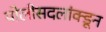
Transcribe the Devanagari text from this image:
पोलीसदलांक्डून